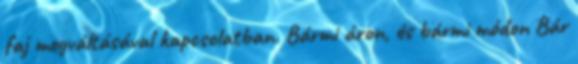
faj megváltásával kapcsolatban. Bármi áron, és bármi módon Bár